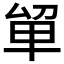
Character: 𭆡